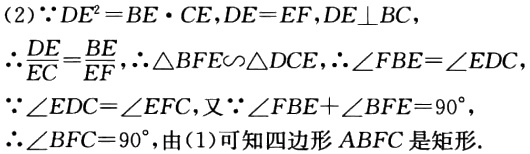
(2)$\because DE^{2}=BE\cdot CE,DE = EF,DE\perp BC,$

$\therefore \frac{DE}{EC}=\frac{BE}{EF},\therefore \triangle BFE\backsim\triangle DCE,\therefore \angle FBE=\angle EDC$

$\because \angle EDC=\angle EFC,又\because \angle FBE + \angle BFE = 90^{\circ},$

$\therefore \angle BFC = 90^{\circ},由(1)可知四边形ABFC是矩形.$